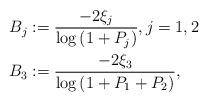
LaTeX: \begin{align*}B_j&:=\frac{-2\xi_j}{\log\left(1+ P_j\right)} , j=1,2\\B_3&:=\frac{-2\xi_3}{\log\left(1+ P_1+P_2\right)} ,\end{align*}